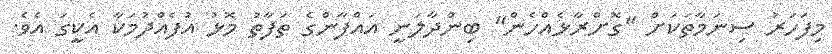
މިފަހަރު ސިނަމާތަކަށް "ގޮށްރާޅެއްހެން" ބިންދާލަނީ އައްފާންގެ ތަފާތު މޮޅު އުފެއްދުމަކާ އެކީގަ އެވެ.